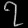
Digit: ၇